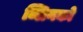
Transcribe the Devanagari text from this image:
ब्लिनको